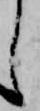
し